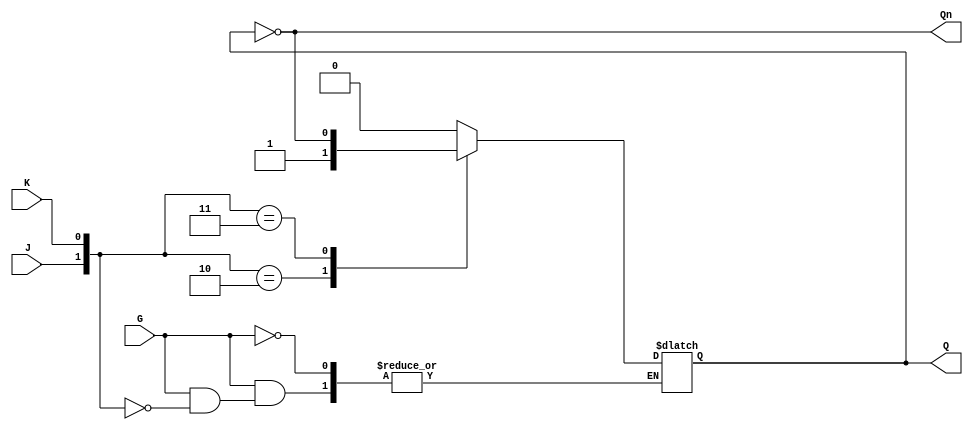
module GatedJKLatch (
    input wire J,      // Input to set the latch
    input wire K,      // Input to reset the latch
    input wire G,      // Enable signal
    output reg Q,      // Main output
    output wire Qn     // Complementary output
);

    // Complementary output
    assign Qn = ~Q;

    // Always block to model the behavior of the Gated JK Latch
    always @(*) begin
        if (G) begin
            // When Enable (G) is high, evaluate J and K inputs
            case ({J, K})
                2'b00: Q = Q;          // Hold state
                2'b01: Q = 1'b0;       // Reset state
                2'b10: Q = 1'b1;       // Set state
                2'b11: Q = ~Q;         // Toggle state
                default: Q = Q;        // Default case (should not occur)
            endcase
        end
        // If G is low, retain the current state of Q
    end

endmodule